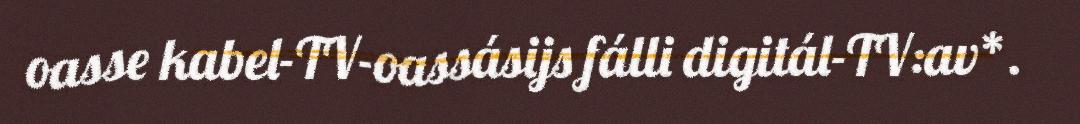
oasse kabel-TV-oassásijs fálli digitál-TV:av*.